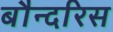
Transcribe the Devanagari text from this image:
बौन्दरिस